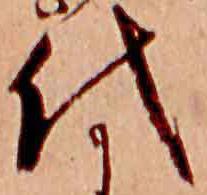
代